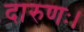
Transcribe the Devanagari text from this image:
दारुणः।